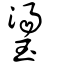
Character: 璗